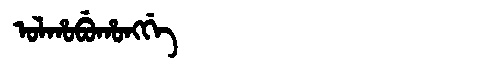
Manchu: ᠣᠯᡥᠣᠪᡠᡥᠣᠩᡤᡝ
Romanization: OLHOBUHONGGE